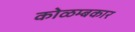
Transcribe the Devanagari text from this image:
कोळम्बकार